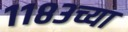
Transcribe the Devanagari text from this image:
११८३च्या